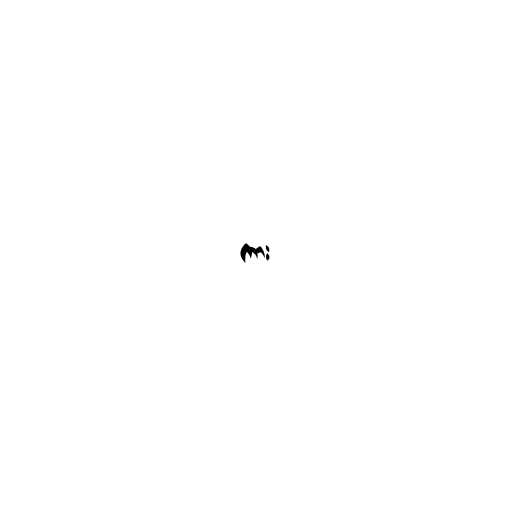
ကား